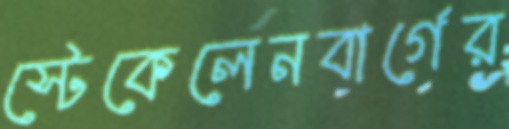
স্টেকেলেনবার্গের